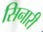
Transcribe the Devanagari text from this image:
सिनारी